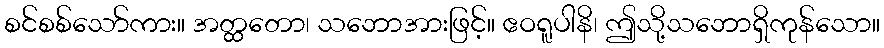
စင်စစ်သော်ကား။ အတ္ထတော၊ သဘောအားဖြင့်။ ဧဝရူပါနိ၊ ဤသို့သဘောရှိကုန်သော။